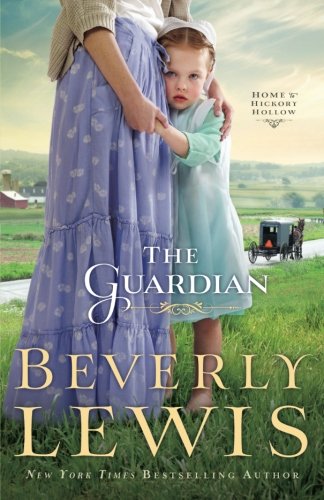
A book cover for The Guardian (Home to Hickory Hollow, Book 3); Beverly Lewis; Romance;